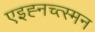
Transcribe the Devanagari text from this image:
एइह्नच्त्स्मन